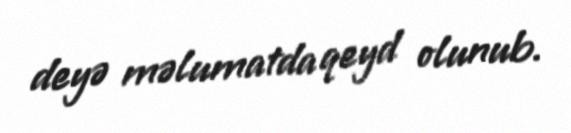
deyə məlumatda qeyd olunub.